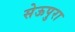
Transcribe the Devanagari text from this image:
सेऊपुरा